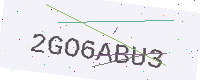
Text: 2GO6ABU3